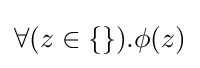
\forall (z\in \{\}).\phi (z)